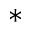
\ast